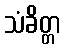
သံခိတ္တ